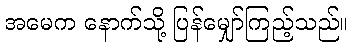
အမေက နောက်သို့ ပြန်မျှော်ကြည့်သည်။